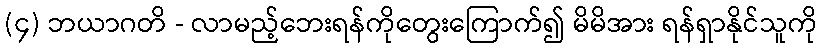
(၄) ဘယာဂတိ - လာမည့်ဘေးရန်ကိုတွေးကြောက်၍ မိမိအား ရန်ရှာနိုင်သူကို